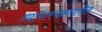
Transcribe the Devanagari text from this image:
व्यापारचक्रावरील